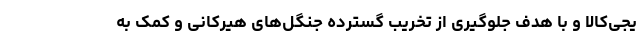
یجی‌کالا و با هدف جلوگیری از تخریب گسترده جنگل‌های هیرکانی و کمک به